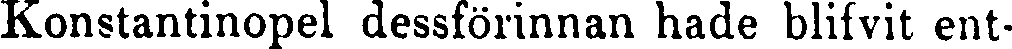
Konstantinopel dessförinnan hade blilvit ent-